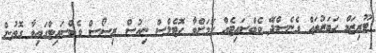
ޓޫރިޒަމް ހަބަރުތައް ގެނެސްދޭ ވެބްސައިޓެއް ކަމަށްވާ ހޮޓެލްސް ނިއުސް ރިސޯސް ވެބްސައިޓްގައިވާ ގޮތުން